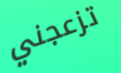
تزعجني